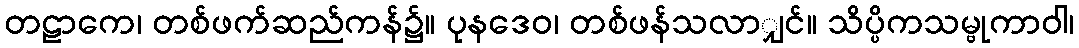
တဠာကေ၊ တစ်ဖက်ဆည်ကန်၌။ ပုနဒေဝ၊ တစ်ဖန်သလာျှင်။ သိပ္ပိကသမ္ဗုကာဝါ၊